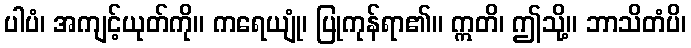
ပါပံ၊ အကျင့်ယုတ်ကို။ ကရေယျုံ၊ ပြုကုန်ရာ၏။ ဣတိ၊ ဤသို့။ ဘာသိတံပိ၊